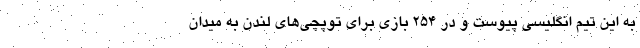
به این تیم انگلیسی پیوست و در 254 بازی برای توپچی‌های لندن به میدان